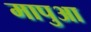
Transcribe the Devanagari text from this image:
मापुआ